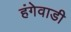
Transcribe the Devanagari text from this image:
हंगेवाडी